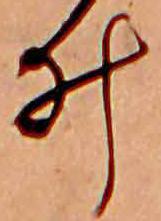
ゐ